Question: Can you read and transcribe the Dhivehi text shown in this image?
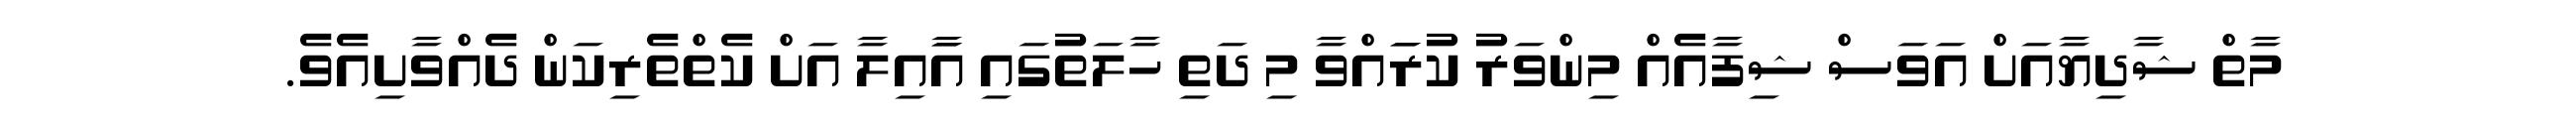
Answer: މާތް ޝާދިޔާއަށް އަވަސް ޝިފާއެއް މިންވަރު ކުރަައްވާ މި ދަތި ހާލަތުގައި އާައިލާ އަށް ކެތްތެރިކަން ދެއްވާށިއެވެ.